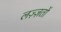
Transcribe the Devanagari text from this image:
लज़्ज़तों